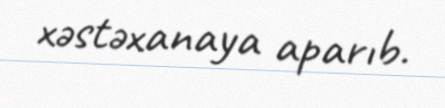
xəstəxanaya aparıb.